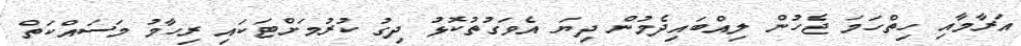
އަރާމާއި ހިތްހަމަ ޖެހުން ލިއްބައިދެމުން ދިޔަ އެވަގުތުކޮޅު ދިގު ކުރުމަށްޓަކައި ރިހާމު މަސައްކަތް